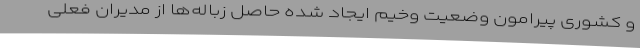
و کشوری پیرامون وضعیت وخیم ایجاد شده حاصل زباله‌ها از مدیران فعلی